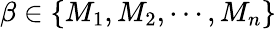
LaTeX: \beta\in\{ M_{1},M_{2},\cdots,M_{n}\}